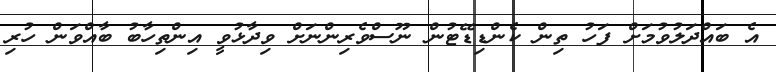
އެ ބައްދަލުވުމަށް ފަހު ތިން ކެންޑިޑޭޓުން ނޫސްވެރިންނަށް ވިދާޅުވީ އިންތިހާބު ބާއްވަން ހުރި